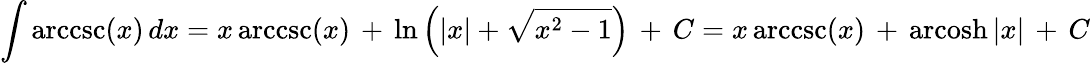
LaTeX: \int\operatorname{arccsc}(x)\, dx=x\operatorname{arccsc}(x)\, +\, \ln\left(\left|x\right|+{\sqrt{x^{2}-1}}\right)\, +\, C=x\operatorname{arccsc}(x)\, +\, \operatorname{arcosh}|x|\, +\, C